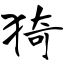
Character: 猗